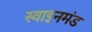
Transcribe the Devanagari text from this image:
स्वाइनमंड